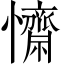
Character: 𢥖